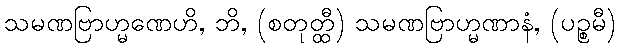
သမဏဗြာဟ္မဏေဟိ, ဘိ, (စတုတ္ထီ) သမဏဗြာဟ္မဏာနံ, (ပဉ္စမီ)